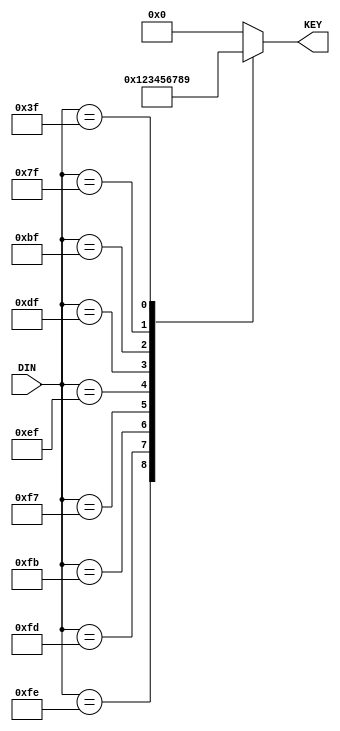
module CODE3 (DIN, KEY);
	input [7:0] DIN ;
	output [3:0] KEY;
	reg [3:0] KEY;
	always @ (DIN)
	case (DIN)
	8'b11111110 : KEY<=4'b0001;
	8'b11111101 : KEY<=4'b0010;
	8'b11111011 : KEY<=4'b0011;
	8'b11110111 : KEY<=4'b0100;
	8'b11101111 : KEY<=4'b0101;
	8'b11011111 : KEY<=4'b0110;
	8'b10111111 : KEY<=4'b0111;
	8'b01111111 : KEY<=4'b1000;
	8'b00111111 : KEY<=4'b1001;
	8'b11111111 : KEY<=4'b0000;
	default :KEY<=4'b0000;
	endcase
endmodule